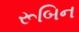
રૂબિન